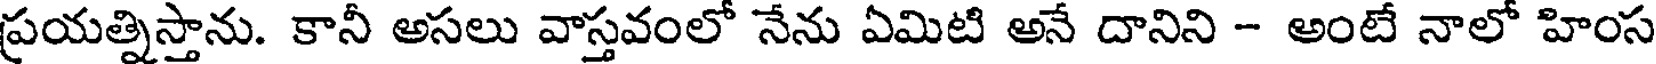
ప్రయత్నిస్తాను. కానీ అసలు వాస్తవంలో నేను ఏమిటి అనే దానిని - అంటే నాలో హింస